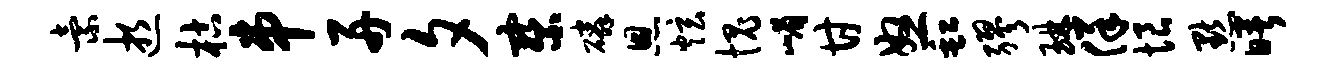
索逝枯串舟夕察磷恩炫愧嵋甘怒缸缪琳佯恨默曙